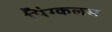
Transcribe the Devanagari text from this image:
पिंग्कलम